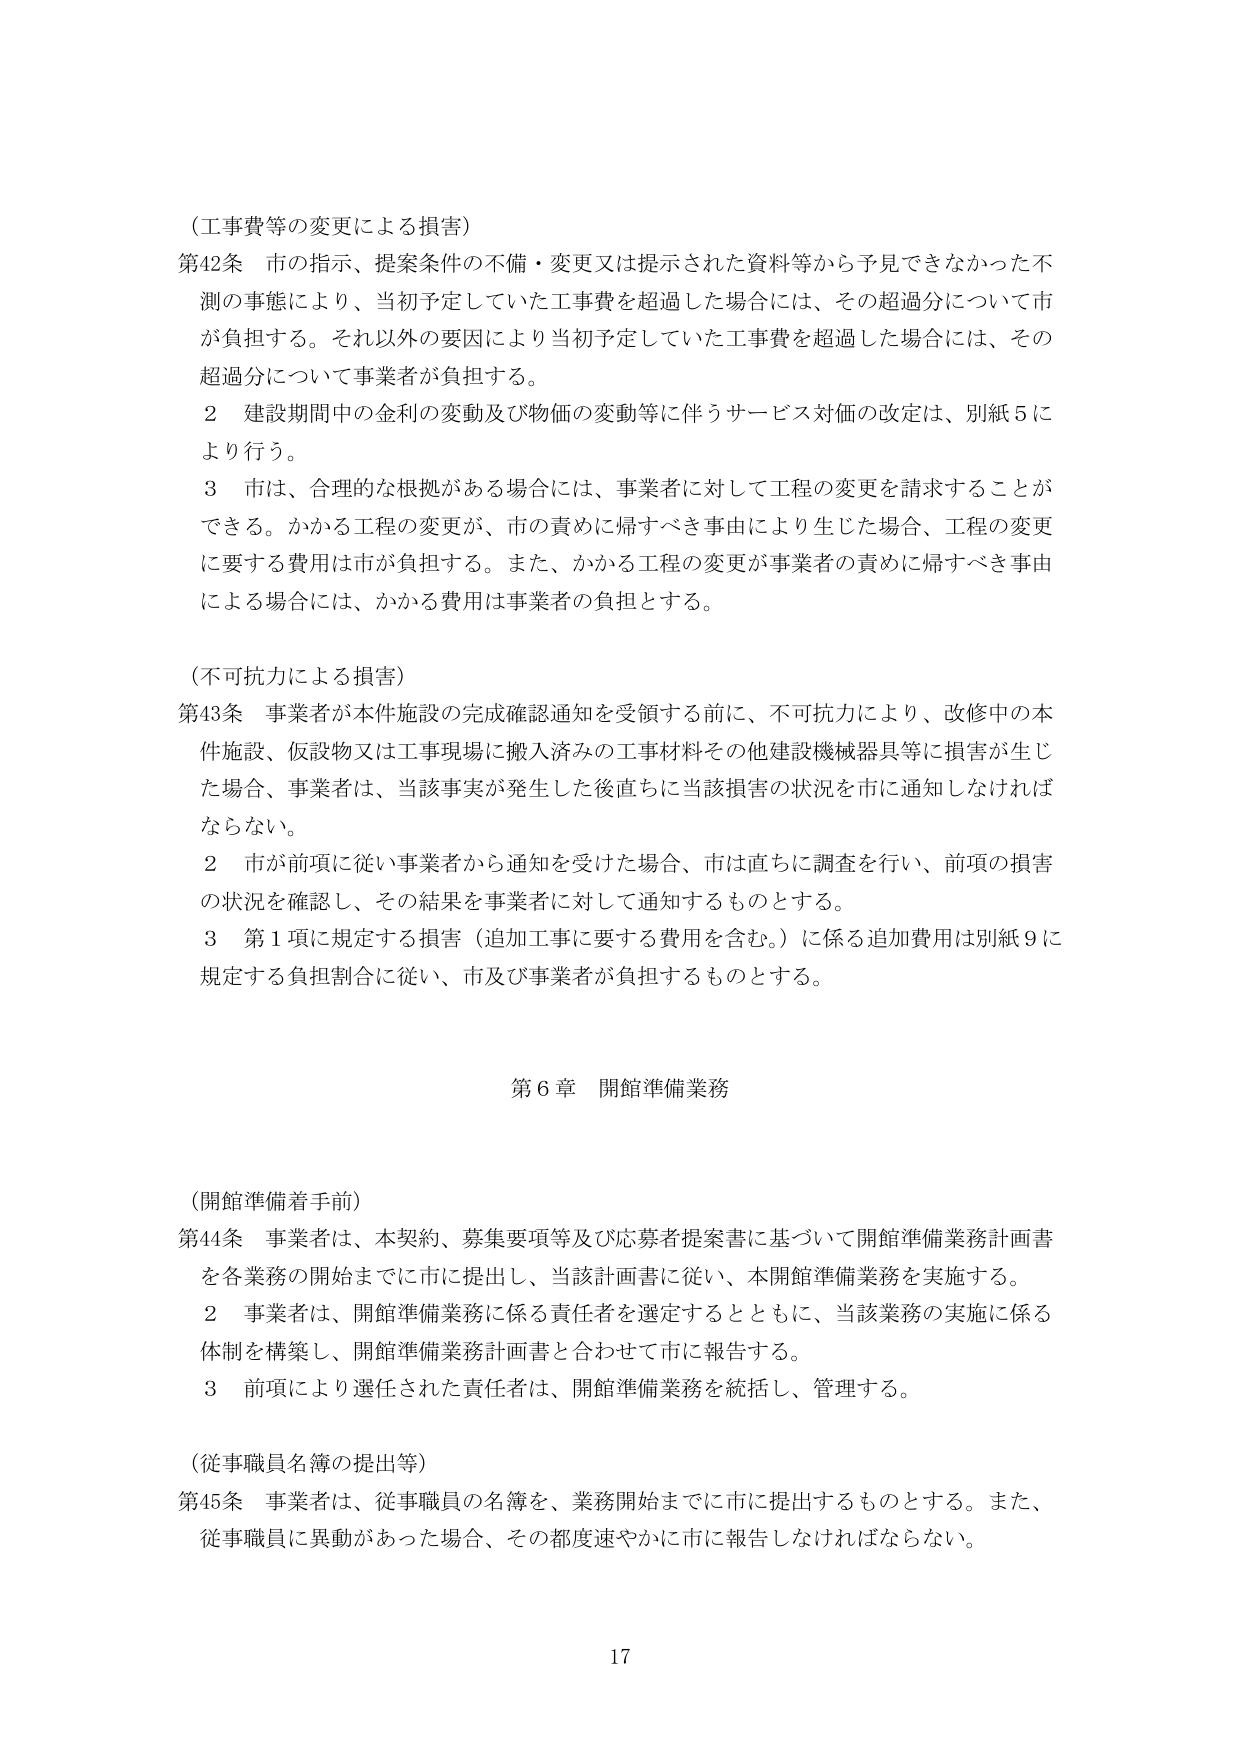
（工事費等の変更による損害）
第42条 市の指示、提案条件の不備・変更又は提示された資料等から予見できなかった不測の事態により、当初予定していた工事費を超過した場合には、その超過分について市が負担する。それ以外の要因により当初予定していた工事費を超過した場合には、その超過分について事業者が負担する。
　２ 建設期間中の金利の変動及び物価の変動等に伴うサービス対価の改定は、別紙５により行う。
　３ 市は、合理的な根拠がある場合には、事業者に対して工程の変更を請求することができる。かかる工程の変更が、市の責めに帰すべき事由により生じた場合、工程の変更に要する費用は市が負担する。また、かかる工程の変更が事業者の責めに帰すべき事由による場合には、かかる費用は事業者の負担とする。

（不可抗力による損害）
第43条 事業者が本件施設の完成確認通知を受領する前に、不可抗力により、改修中の本件施設、仮設物又は工事現場に搬入済みの工事材料その他建設機械器具等に損害が生じた場合、事業者は、当該事実が発生した後直ちに当該損害の状況を市に通知しなければならない。
　２ 市が前項に従い事業者から通知を受けた場合、市は直ちに調査を行い、前項の損害の状況を確認し、その結果を事業者に対して通知するものとする。
　３ 第１項に規定する損害（追加工事に要する費用を含む。）に係る追加費用は別紙９に規定する負担割合に従い、市及び事業者が負担するものとする。

第６章 開館準備業務

（開館準備着手前）
第44条 事業者は、本契約、募集要項等及び応募者提案書に基づいて開館準備業務計画書を各業務の開始までに市に提出し、当該計画書に従い、本開館準備業務を実施する。
　２ 事業者は、開館準備業務に係る責任者を選定するとともに、当該業務の実施に係る体制を構築し、開館準備業務計画書と合わせて市に報告する。
　３ 前項により選任された責任者は、開館準備業務を統括し、管理する。

（従事職員名簿の提出等）
第45条 事業者は、従事職員の名簿を、業務開始までに市に提出するものとする。また、従事職員に異動があった場合、その都度速やかに市に報告しなければならない。

17